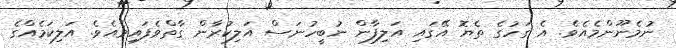
ނުމެނޫންމެއެވެ. އެ ގަހުގެ ތެޔޮ އޭގައި އަލިފާން ނުބީހުނަސް އަލިކުރާން ގާތްވެފައިވެއެވެ. އަލިކަމެއްގެ